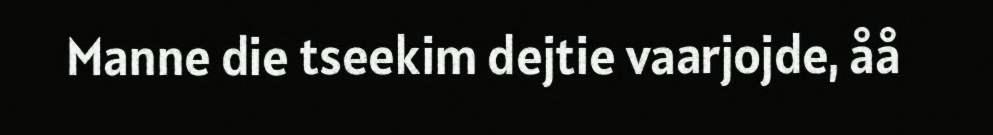
Manne die tseekim dejtie vaarjojde, åå